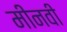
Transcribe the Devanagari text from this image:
मीनवी